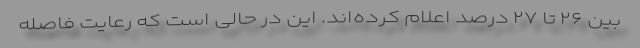
بین ۲۶ تا ۲۷ درصد اعلام کرده‌اند. این در حالی است که رعایت فاصله